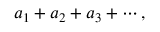
a _ { 1 } + a _ { 2 } + a _ { 3 } + \cdots ,